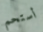
أستحم